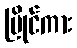
ပြိုင်ကား